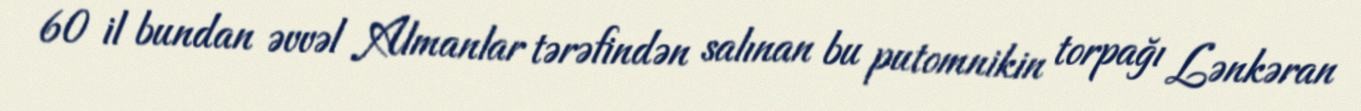
60 il bundan əvvəl Almanlar tərəfindən salınan bu putomnikin torpağı Lənkəran